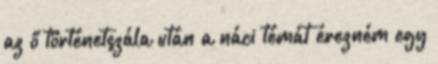
az ő történetszála után a náci témát érezném egy